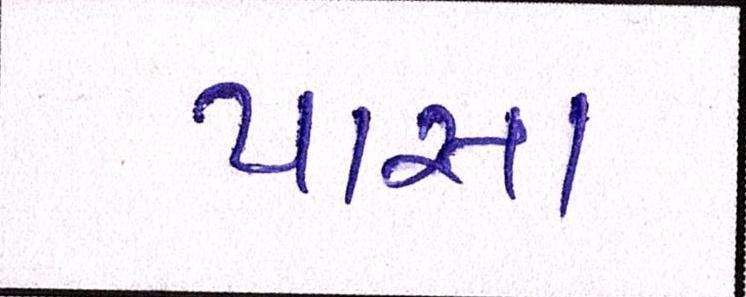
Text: પાસા